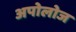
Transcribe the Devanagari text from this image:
अपोलोज